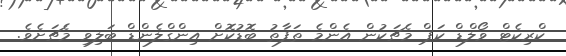
ކްރިކެޓް ވޯލްޑް ކަޕް މެޗަކުން އެންމެ ތަފާތު ބޮޑުކޮށް އިންގްލެންޑް ބަލިވި މެޗަށެވެ.